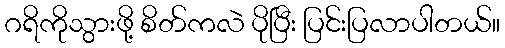
ဂရိကိုသွားဖို့ စိတ်ကလဲ ပိုပြီး ပြင်းပြလာပါတယ်။